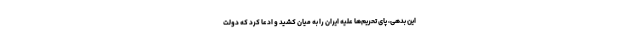
این بدهی، پای تحریم‌ها علیه ایران را به میان کشید و ادعا کرد که دولت